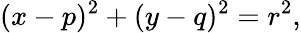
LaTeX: (x-p)^{2}+(y-q)^{2}=r^{2},